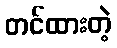
တင်ထားတဲ့